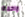
واحدة